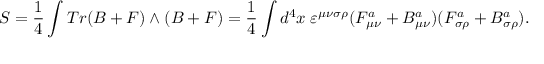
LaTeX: S = { \frac { 1 } { 4 } } \int T r ( B + F ) \wedge ( B + F ) = { \frac { 1 } { 4 } } \int d ^ { 4 } x \; \varepsilon ^ { \mu \nu \sigma \rho } ( F _ { \mu \nu } ^ { a } + B _ { \mu \nu } ^ { a } ) ( F _ { \sigma \rho } ^ { a } + B _ { \sigma \rho } ^ { a } ) .